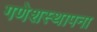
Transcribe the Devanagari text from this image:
गणेशस्थापना